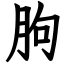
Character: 朐